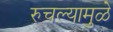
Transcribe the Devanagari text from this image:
रुचल्यामुळे